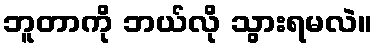
ဘူတာကို ဘယ်လို သွားရမလဲ။